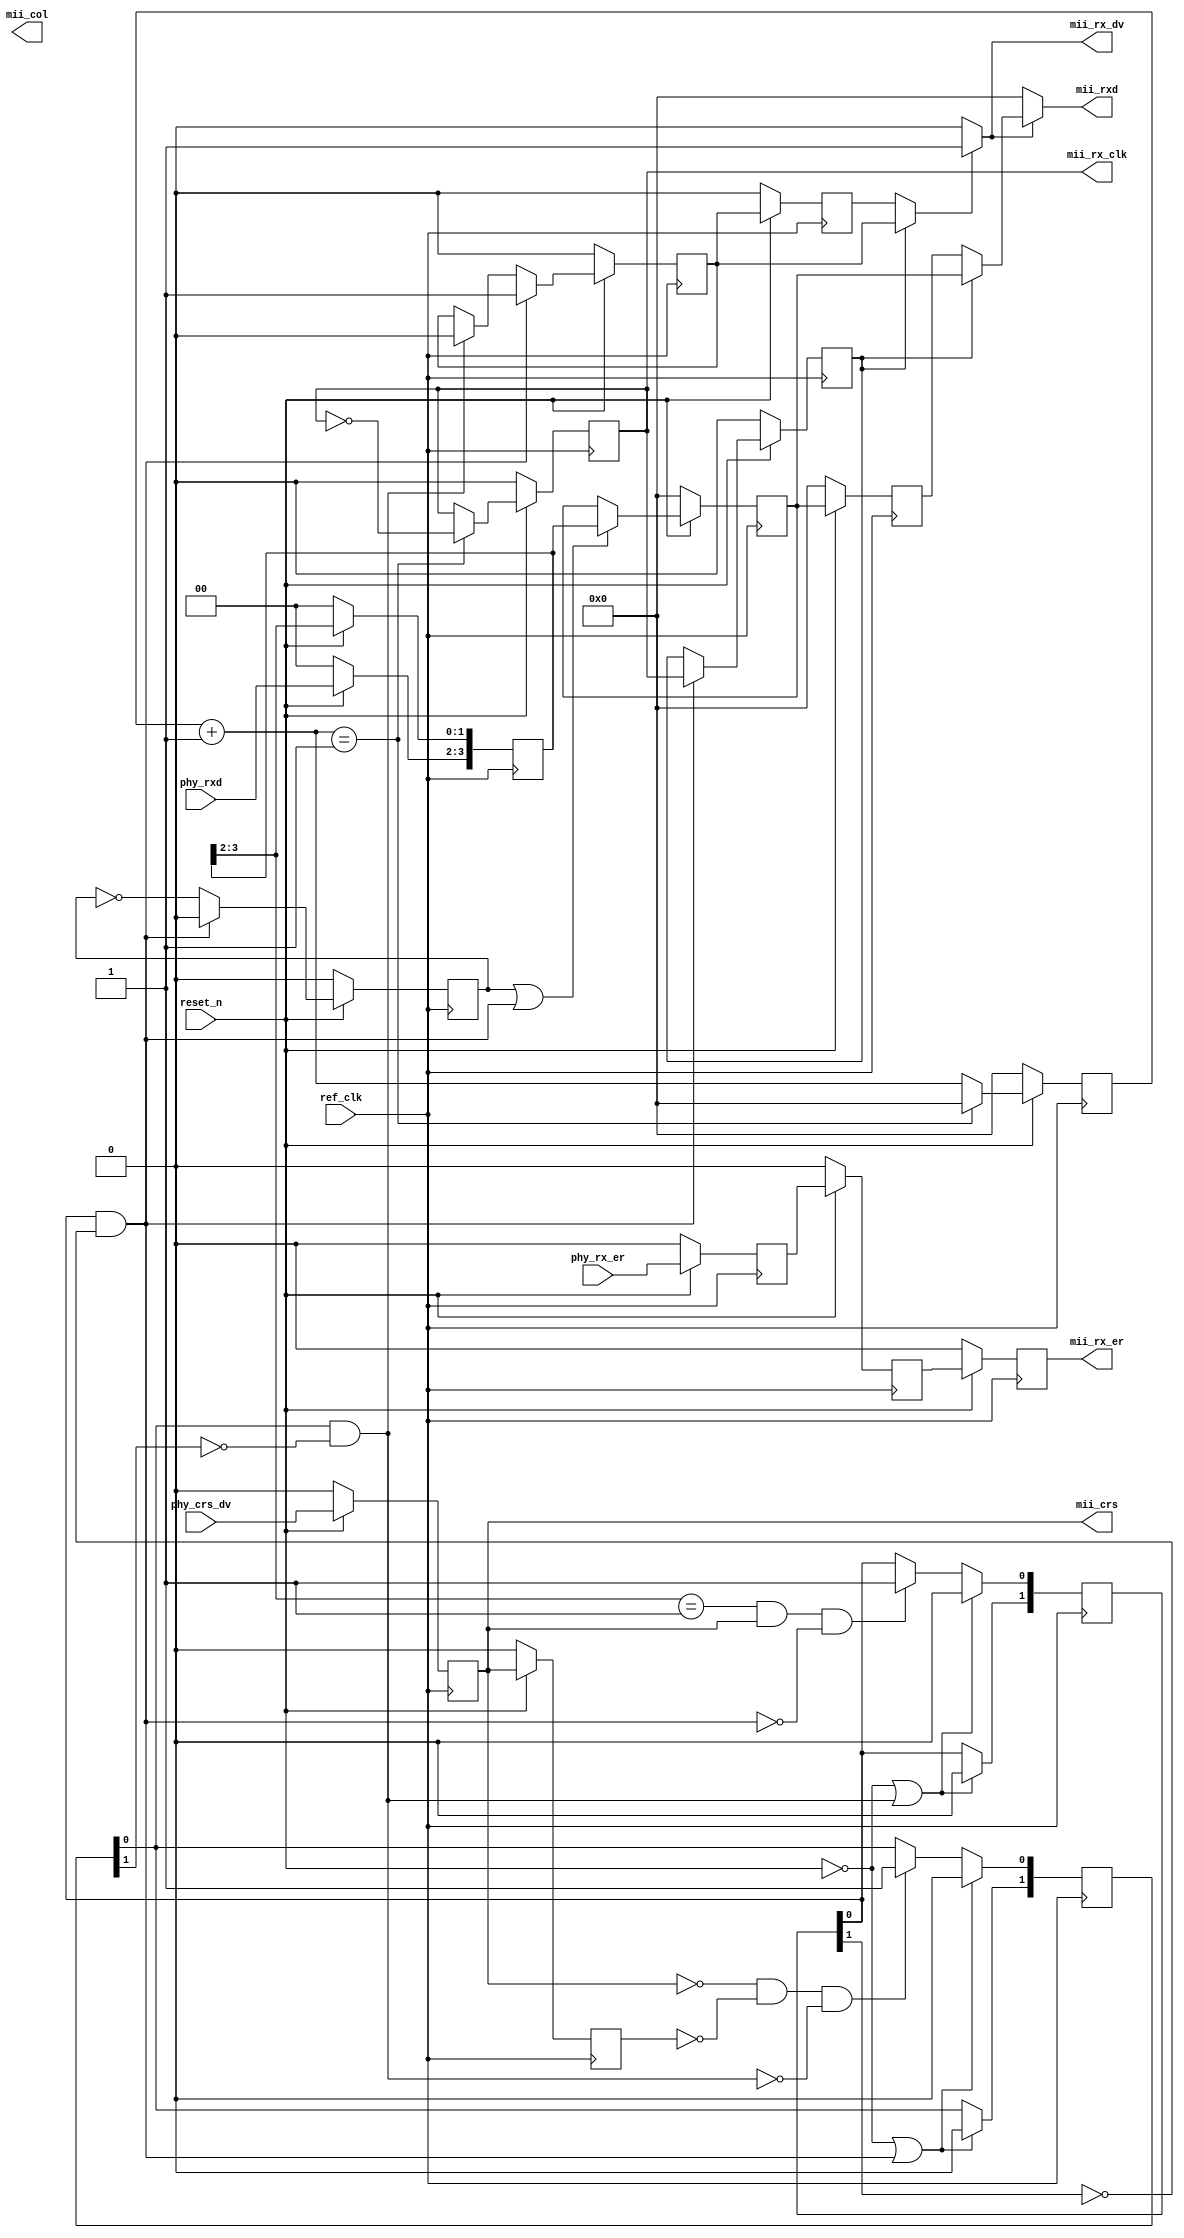
// ***************************************************************************
// ***************************************************************************
// Copyright (C) 2014-2023 Analog Devices, Inc. All rights reserved.
//
// In this HDL repository, there are many different and unique modules, consisting
// of various HDL (Verilog or VHDL) components. The individual modules are
// developed independently, and may be accompanied by separate and unique license
// terms.
//
// The user should read each of these license terms, and understand the
// freedoms and responsibilities that he or she has by using this source/core.
//
// This core is distributed in the hope that it will be useful, but WITHOUT ANY
// WARRANTY; without even the implied warranty of MERCHANTABILITY or FITNESS FOR
// A PARTICULAR PURPOSE.
//
// Redistribution and use of source or resulting binaries, with or without modification
// of this file, are permitted under one of the following two license terms:
//
//   1. The GNU General Public License version 2 as published by the
//      Free Software Foundation, which can be found in the top level directory
//      of this repository (LICENSE_GPL2), and also online at:
//      <https://www.gnu.org/licenses/old-licenses/gpl-2.0.html>
//
// OR
//
//   2. An ADI specific BSD license, which can be found in the top level directory
//      of this repository (LICENSE_ADIBSD), and also on-line at:
//      https://github.com/analogdevicesinc/hdl/blob/main/LICENSE_ADIBSD
//      This will allow to generate bit files and not release the source code,
//      as long as it attaches to an ADI device.
//
// ***************************************************************************

`timescale 1ns/100ps

module phy_mac_link  #(
  parameter RATE_10_100 = 0
) (
  input             ref_clk,
  input             reset_n,
  input   [1:0]     phy_rxd,
  input             phy_crs_dv,
  input             phy_rx_er,
  output  [3:0]     mii_rxd,
  output            mii_rx_dv,
  output            mii_rx_er,
  output            mii_crs,
  output            mii_col,
  output            mii_rx_clk
);

  wire              clk_phase_res;
  wire              data_valid_w;
  wire              dibit_sample;
  wire              eopack_w;
  wire    [3:0]     num_w;
  wire    [3:0]     reg_count_w;
  wire              sopack_w;

  reg               mii_rx_clk_10_100_r = 1'b0;
  reg     [3:0]     num_r = 4'b0;
  reg     [3:0]     reg_count = 4'b0;

  reg               clk_phase_r = 1'b0;
  reg               data_valid = 1'b0;
  reg               data_valid_d = 1'b0;
  reg     [1:0]     eopack_r = 2'b0;
  reg               nibble_valid = 1'b0;
  reg     [1:0]     sopack_r = 2'b0;

  reg     [3:0]     mii_rxd_r0 = 4'b0;
  reg     [3:0]     mii_rxd_r1 = 4'b0;
  reg     [3:0]     mii_rxd_r2 = 4'b0;

  reg               mii_rx_er_r0 = 1'b0;
  reg               mii_rx_er_r1 = 1'b0;
  reg               mii_rx_er_r2 = 1'b0;

  reg               mii_rx_dv_r0 = 1'b0;
  reg               mii_rx_dv_r1 = 1'b0;
  reg               mii_rx_dv_r2 = 1'b0;
  reg               mii_rx_dv_r3 = 1'b0;

  localparam        DIV_REF_CLK = RATE_10_100 ? 10 : 1;

  always @(posedge ref_clk) begin
    if (!reset_n) begin
      num_r <= 0;
      mii_rx_clk_10_100_r <= 1'b0;
    end else if (num_w == DIV_REF_CLK) begin
      num_r <= 0;
      mii_rx_clk_10_100_r <= ~mii_rx_clk_10_100_r;
    end else begin
      num_r <= num_w;
    end
  end

  always @(posedge ref_clk) begin
    if (!reset_n) begin
      mii_rxd_r0 <= 4'b0;
      mii_rxd_r1 <= 4'b0;
      mii_rxd_r2 <= 4'b0;
    end else begin
      if (RATE_10_100) begin
        if (dibit_sample) begin
          mii_rxd_r0[3:2] <= phy_rxd;
          mii_rxd_r0[1:0] <= mii_rxd_r0[3:2];
          if (nibble_valid | sopack_w) begin
            mii_rxd_r1 <= mii_rxd_r0;
          end
          mii_rxd_r2 <= mii_rxd_r1;
        end
      end else begin
        mii_rxd_r0[3:2] <= phy_rxd;
        mii_rxd_r0[1:0] <= mii_rxd_r0[3:2];
        if (nibble_valid | sopack_w) begin
          mii_rxd_r1 <= mii_rxd_r0;
        end
        mii_rxd_r2 <= mii_rxd_r1;
      end
    end
  end

  always @(posedge ref_clk) begin
    if (!reset_n) begin
      mii_rx_er_r0 <= 1'b0;
      mii_rx_er_r1 <= 1'b0;
      mii_rx_er_r2 <= 1'b0;
    end else begin
      if (RATE_10_100) begin
        if (dibit_sample) begin
          mii_rx_er_r0 <= phy_rx_er;
          mii_rx_er_r1 <= mii_rx_er_r0;
          mii_rx_er_r2 <= mii_rx_er_r1;
        end
      end else begin
        mii_rx_er_r0 <= phy_rx_er;
        mii_rx_er_r1 <= mii_rx_er_r0;
        mii_rx_er_r2 <= mii_rx_er_r1;
      end
    end
  end

  always @(posedge ref_clk) begin
    if (!reset_n) begin
      mii_rx_dv_r0 <= 1'b0;
      mii_rx_dv_r1 <= 1'b0;
      mii_rx_dv_r2 <= 1'b0;
      mii_rx_dv_r3 <= 1'b0;
    end else begin
      if (RATE_10_100) begin
        if (dibit_sample) begin
          mii_rx_dv_r0 <= phy_crs_dv;
          mii_rx_dv_r1 <= mii_rx_dv_r0;
          mii_rx_dv_r2 <= mii_rx_dv_r1;
          mii_rx_dv_r3 <= mii_rx_dv_r2;
        end
      end else begin
        mii_rx_dv_r0 <= phy_crs_dv;
        mii_rx_dv_r1 <= mii_rx_dv_r0;
        mii_rx_dv_r2 <= mii_rx_dv_r1;
        mii_rx_dv_r3 <= mii_rx_dv_r2;
      end
    end
  end

  always @(posedge ref_clk) begin
    if (!reset_n || eopack_w) begin
      sopack_r[1:0] <= 2'b0;
    end else begin
      if (RATE_10_100) begin
        if (dibit_sample) begin
          sopack_r[1] <= sopack_r[0];
        end
        if (dibit_sample && (mii_rxd_r0[3:2] == 2'b01) && (mii_rx_dv_r0 == 1'b1) && (sopack_w == 1'b0)) begin
          sopack_r[0] <= 1'b1;
        end
      end else begin
        sopack_r[1] <= sopack_r[0];
        if ((mii_rxd_r0[3:2] == 2'b01) && (mii_rx_dv_r0 == 1'b1) && (sopack_w == 1'b0)) begin
          sopack_r[0] <= 1'b1;
        end
      end
    end
  end

  always @(posedge ref_clk) begin
    if (!reset_n || sopack_w) begin
      eopack_r[1:0] <= 2'b0;
    end else begin
      if (RATE_10_100) begin
        if (dibit_sample) begin
          eopack_r[1] <= eopack_r[0];
        end
        if (dibit_sample && (mii_rx_dv_r0 == 1'b0) && (mii_rx_dv_r1 == 1'b0) && (eopack_w == 1'b0)) begin
          eopack_r[0] <= 1'b1;
        end
      end else begin
        eopack_r[1] <= eopack_r[0];
        if ((mii_rx_dv_r0 == 1'b0) && (mii_rx_dv_r1 == 1'b0) && (eopack_w == 1'b0)) begin
          eopack_r[0] <= 1'b1;
        end
      end
    end
  end

  always @(posedge ref_clk) begin
    if (!reset_n) begin
      data_valid <= 1'b0;
    end else begin
      if (RATE_10_100) begin
        if (dibit_sample && sopack_w) begin
          data_valid <= 1'b1;
        end else if (dibit_sample && eopack_w) begin
          data_valid <= 1'b0;
        end
      end else begin
        if (sopack_w) begin
          data_valid <= 1'b1;
        end else if (eopack_w) begin
          data_valid <= 1'b0;
        end
      end
    end
  end

  always @(posedge ref_clk) begin
    if (!reset_n) begin
      data_valid_d <= 1'b0;
    end else begin
      data_valid_d <= data_valid;
    end
  end

  always @(posedge ref_clk) begin
    if (!reset_n) begin
      clk_phase_r <= 1'b0;
      nibble_valid <= 1'b0;
    end else begin
      if (sopack_w) begin
        clk_phase_r <= mii_rx_clk;
        nibble_valid <=  1'b0;
      end else begin
        if (RATE_10_100) begin
          if (dibit_sample) begin
            nibble_valid <= ~nibble_valid;
          end
        end else begin
          nibble_valid <= ~nibble_valid;
        end
      end
    end
  end

  always @(posedge ref_clk) begin
    if (!reset_n) begin
      reg_count <= 1'b0;
    end else begin
      if (reg_count_w == 4'b1001) begin
        reg_count <= 1'b0;
      end else begin
        reg_count <= reg_count + 1;
      end
    end
  end

  assign clk_phase_res = clk_phase_r;
  assign data_valid_w = RATE_10_100 ? data_valid : (clk_phase_res ? data_valid : data_valid_d);
  assign dibit_sample = (reg_count_w == 4'b0101) ? 1'b1 : 1'b0;
  assign eopack_w = eopack_r[0] & (!eopack_r[1]);
  assign mii_crs = mii_rx_dv_r0;
  assign mii_rxd = RATE_10_100 ? (mii_rx_dv ? mii_rxd_r1 : 4'b0) : (mii_rx_dv ? (clk_phase_res ? mii_rxd_r1 : mii_rxd_r2) : 4'b0);
  assign mii_rx_clk = mii_rx_clk_10_100_r;
  assign mii_rx_dv = data_valid_w ? 1'b1 : 1'b0;
  assign mii_rx_er = mii_rx_er_r2;
  assign num_w = num_r + 1;
  assign reg_count_w = reg_count;
  assign sopack_w = sopack_r[0] & (!sopack_r[1]);

endmodule